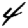
Digit: 4